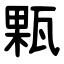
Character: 㼫